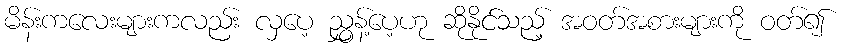
မိန်းကလေးများကလည်း လှပေ့ ညွှန့်ပေ့ဟု ဆိုနိုင်သည့် အဝတ်အစားများကို ဝတ်၍